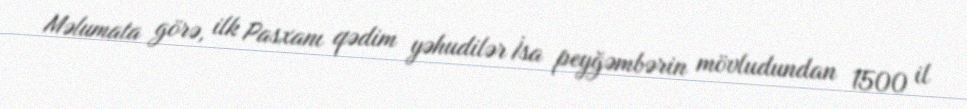
Məlumata görə, ilk Pasxanı qədim yəhudilər İsa peyğəmbərin mövludundan 1500 il